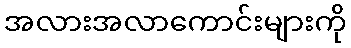
အလားအလာကောင်းများကို